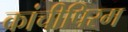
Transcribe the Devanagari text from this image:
कांचीपिरम